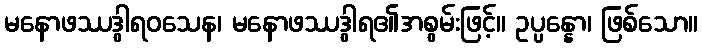
မနောဖဿဒွါရဝသေန၊ မနောဖဿဒွါရ၏အစွမ်းဖြင့်။ ဥပ္ပန္နော၊ ဖြစ်သော။